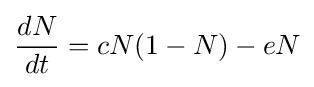
{\frac {dN}{dt}}=cN(1-N)-eN